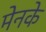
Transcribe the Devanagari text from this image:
मेनके